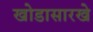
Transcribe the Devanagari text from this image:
खोडासारखे